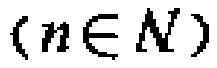
$(n\in N)$